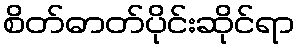
စိတ်ဓာတ်ပိုင်းဆိုင်ရာ